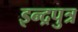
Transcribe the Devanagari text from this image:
इन्द्रपुत्र